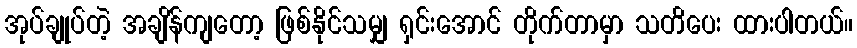
အုပ်ချုပ်တဲ့ အချိန်ကျတော့ ဖြစ်နိုင်သမျှ ရှင်းအောင် တိုက်တာမှာ သတိပေး ထားပါတယ်။